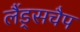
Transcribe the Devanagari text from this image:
लैंड्सचैप